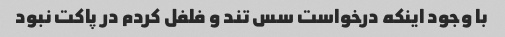
با وجود اینکه درخواست سس تند و فلفل کردم در پاکت نبود